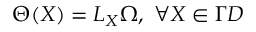
\Theta ( X ) = { L _ { X } } \Omega , \ \forall X \in \Gamma { \cal D }